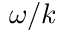
\omega / k